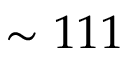
\sim 1 1 1